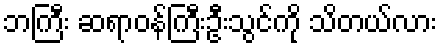
ဘကြီး ဆရာဝန်ကြီးဦးသွင်ကို သိတယ်လား